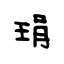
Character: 琄